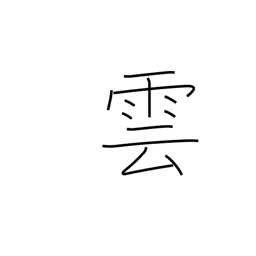
Meaning: cloud